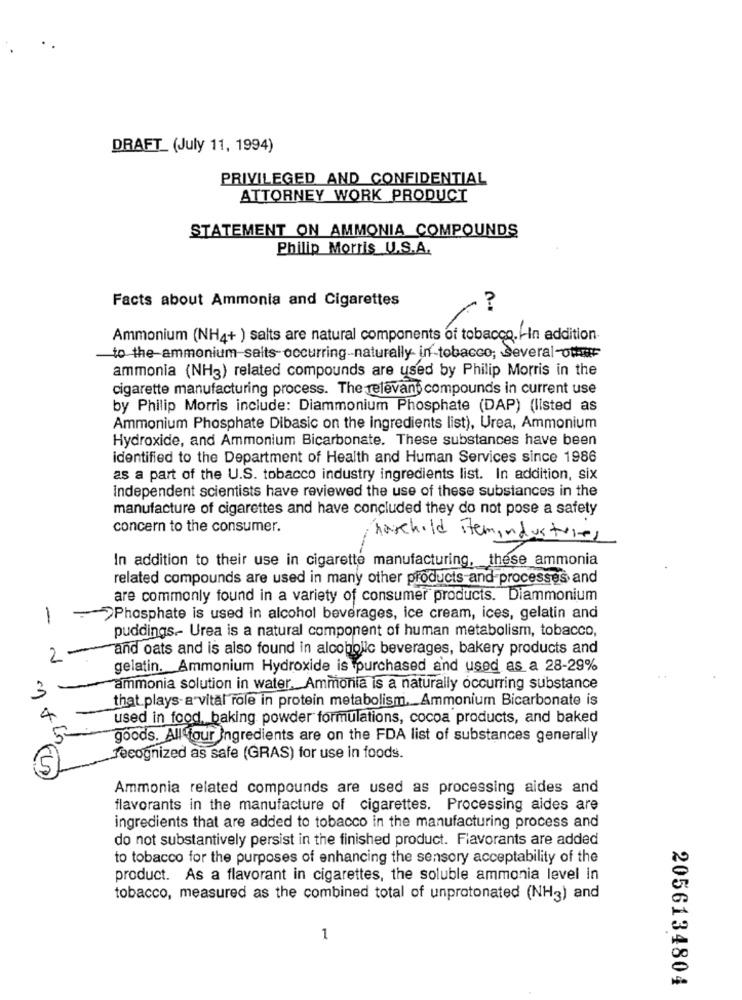
DRAFT_ (July 11, 1994)
PRIVILEGED AND CONFIDENTIAL
ATTORNEY WORK PRODUCT
STATEMENT ON AMMONIA COMPOUNDS
Philip Morris U.S.A.
Facts about Ammonia and Cigarettes
?
Ammonium (NH4+ ) salts are natural components of tobacco. HIn addition
to the ammonium-salts- occurring-naturally- in-tobacco; Several-ot
ammonia (NH3) related compounds are used by Philip Morris in the
cigarette manufacturing process. The relevant compounds in current use
by Philip Morris include: Diammonium Phosphate (DAP) (listed as
Ammonium Phosphate Dibasic on the ingredients list), Urea, Ammonium
Hydroxide, and Ammonium Bicarbonate. These substances have been
identified to the Department of Health and Human Services since 1986
as a part of the U.S. tobacco industry ingredients list. In addition, six
Independent scientists have reviewed the use of these substances in the
manufacture of cigarettes and have concluded they do not pose a safety
concern to the consumer.
harchild stemindustries
In addition to their use in cigarette manufacturing, these ammonia
related compounds are used in many other products and processes and
are commonly found in a variety of consumer products. Diammonium
1
Phosphate is used in alcohol beverages, ice cream, ices, gelatin and
puddings .- Urea is a natural component of human metabolism, tobacco,
and oats and is also found in alcoholic beverages, bakery products and
gelatin. Ammonium Hydroxide is purchased and used as a 28-29%
ammonia solution in water. Ammonia is a naturally occurring substance
3
that plays-a vital role in protein metabolism ._ Ammonium Bicarbonate is
x
used in food, baking powder formulations, cocoa products, and baked
goods. All four ingredients are on the FDA list of substances generally
recognized as safe (GRAS) for use in foods.
Ammonia related compounds are used as processing aides and
flavorants in the manufacture of cigarettes. Processing aides are
ingredients that are added to tobacco in the manufacturing process and
do not substantively persist in the finished product. Flavorants are added
to tobacco for the purposes of enhancing the sensory acceptability of the
product. As a flavorant in cigarettes, the soluble ammonia level in
tobacco, measured as the combined total of unprotonated (NH3) and
1
2056134804